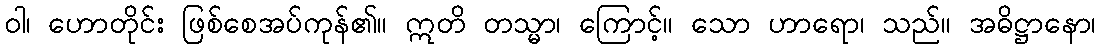
ဝါ၊ ဟောတိုင်း ဖြစ်စေအပ်ကုန်၏။ ဣတိ တသ္မာ၊ ကြောင့်။ သော ဟာရော၊ သည်။ အဓိဋ္ဌာနော၊